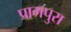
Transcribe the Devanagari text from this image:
प्रागपुरा